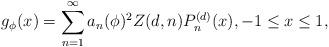
LaTeX: \begin{align*} g_\phi(x)=\sum_{n=1}^\infty a_n(\phi)^2Z(d,n)P_n^{(d)}(x),-1\leq x\leq1,\end{align*}